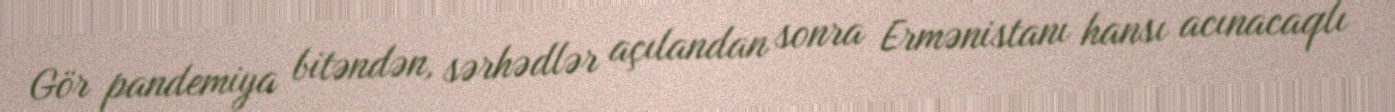
Gör pandemiya bitəndən, sərhədlər açılandan sonra Ermənistanı hansı acınacaqlı